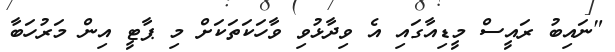
"ނައިބު ރައީސް މީޑިއާގައި އެ ވިދާޅުވި ވާހަކަތަކަށް މި ޕާޓީ އިން މަރުހަބާ